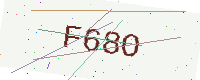
Text: F68O